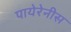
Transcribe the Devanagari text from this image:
पायेरेनीस